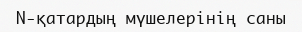
N-қатардың мүшелерінің саны